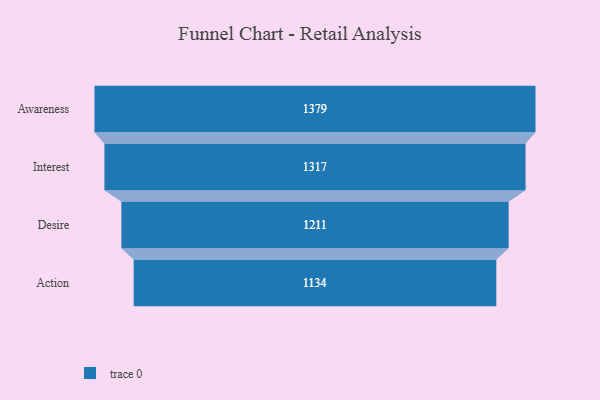
{"axis": {"x": "Stage", "y": "Value"}, "legend": [""], "data": [{"x": "Awareness", "y": 1379.0, "type": ""}, {"x": "Interest", "y": 1317.0, "type": ""}, {"x": "Desire", "y": 1211.0, "type": ""}, {"x": "Action", "y": 1134.0, "type": ""}]}